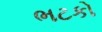
ભટકો